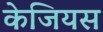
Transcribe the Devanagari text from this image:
केजियस